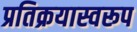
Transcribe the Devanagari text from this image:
प्रतिक्रयास्वरूप